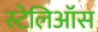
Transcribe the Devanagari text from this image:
स्टेलिऑस